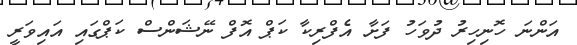
އަންނަ ހޮނިހިރު ދުވަހު ފަށާ އެފްރިކާ ކަޕް އޮފް ނޭޝަންސް ކަޕްގައި އައިވަރީ